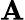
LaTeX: \mathbfcal{\mathbf{A}}